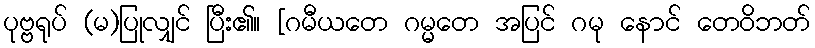
ပုဗ္ဗရုပ် (မ)ပြုလျှင် ပြီး၏။ [ဂမီယတေ ဂမ္မတေ အပြင် ဂမု နောင် တေဝိဘတ်